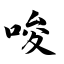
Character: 唆